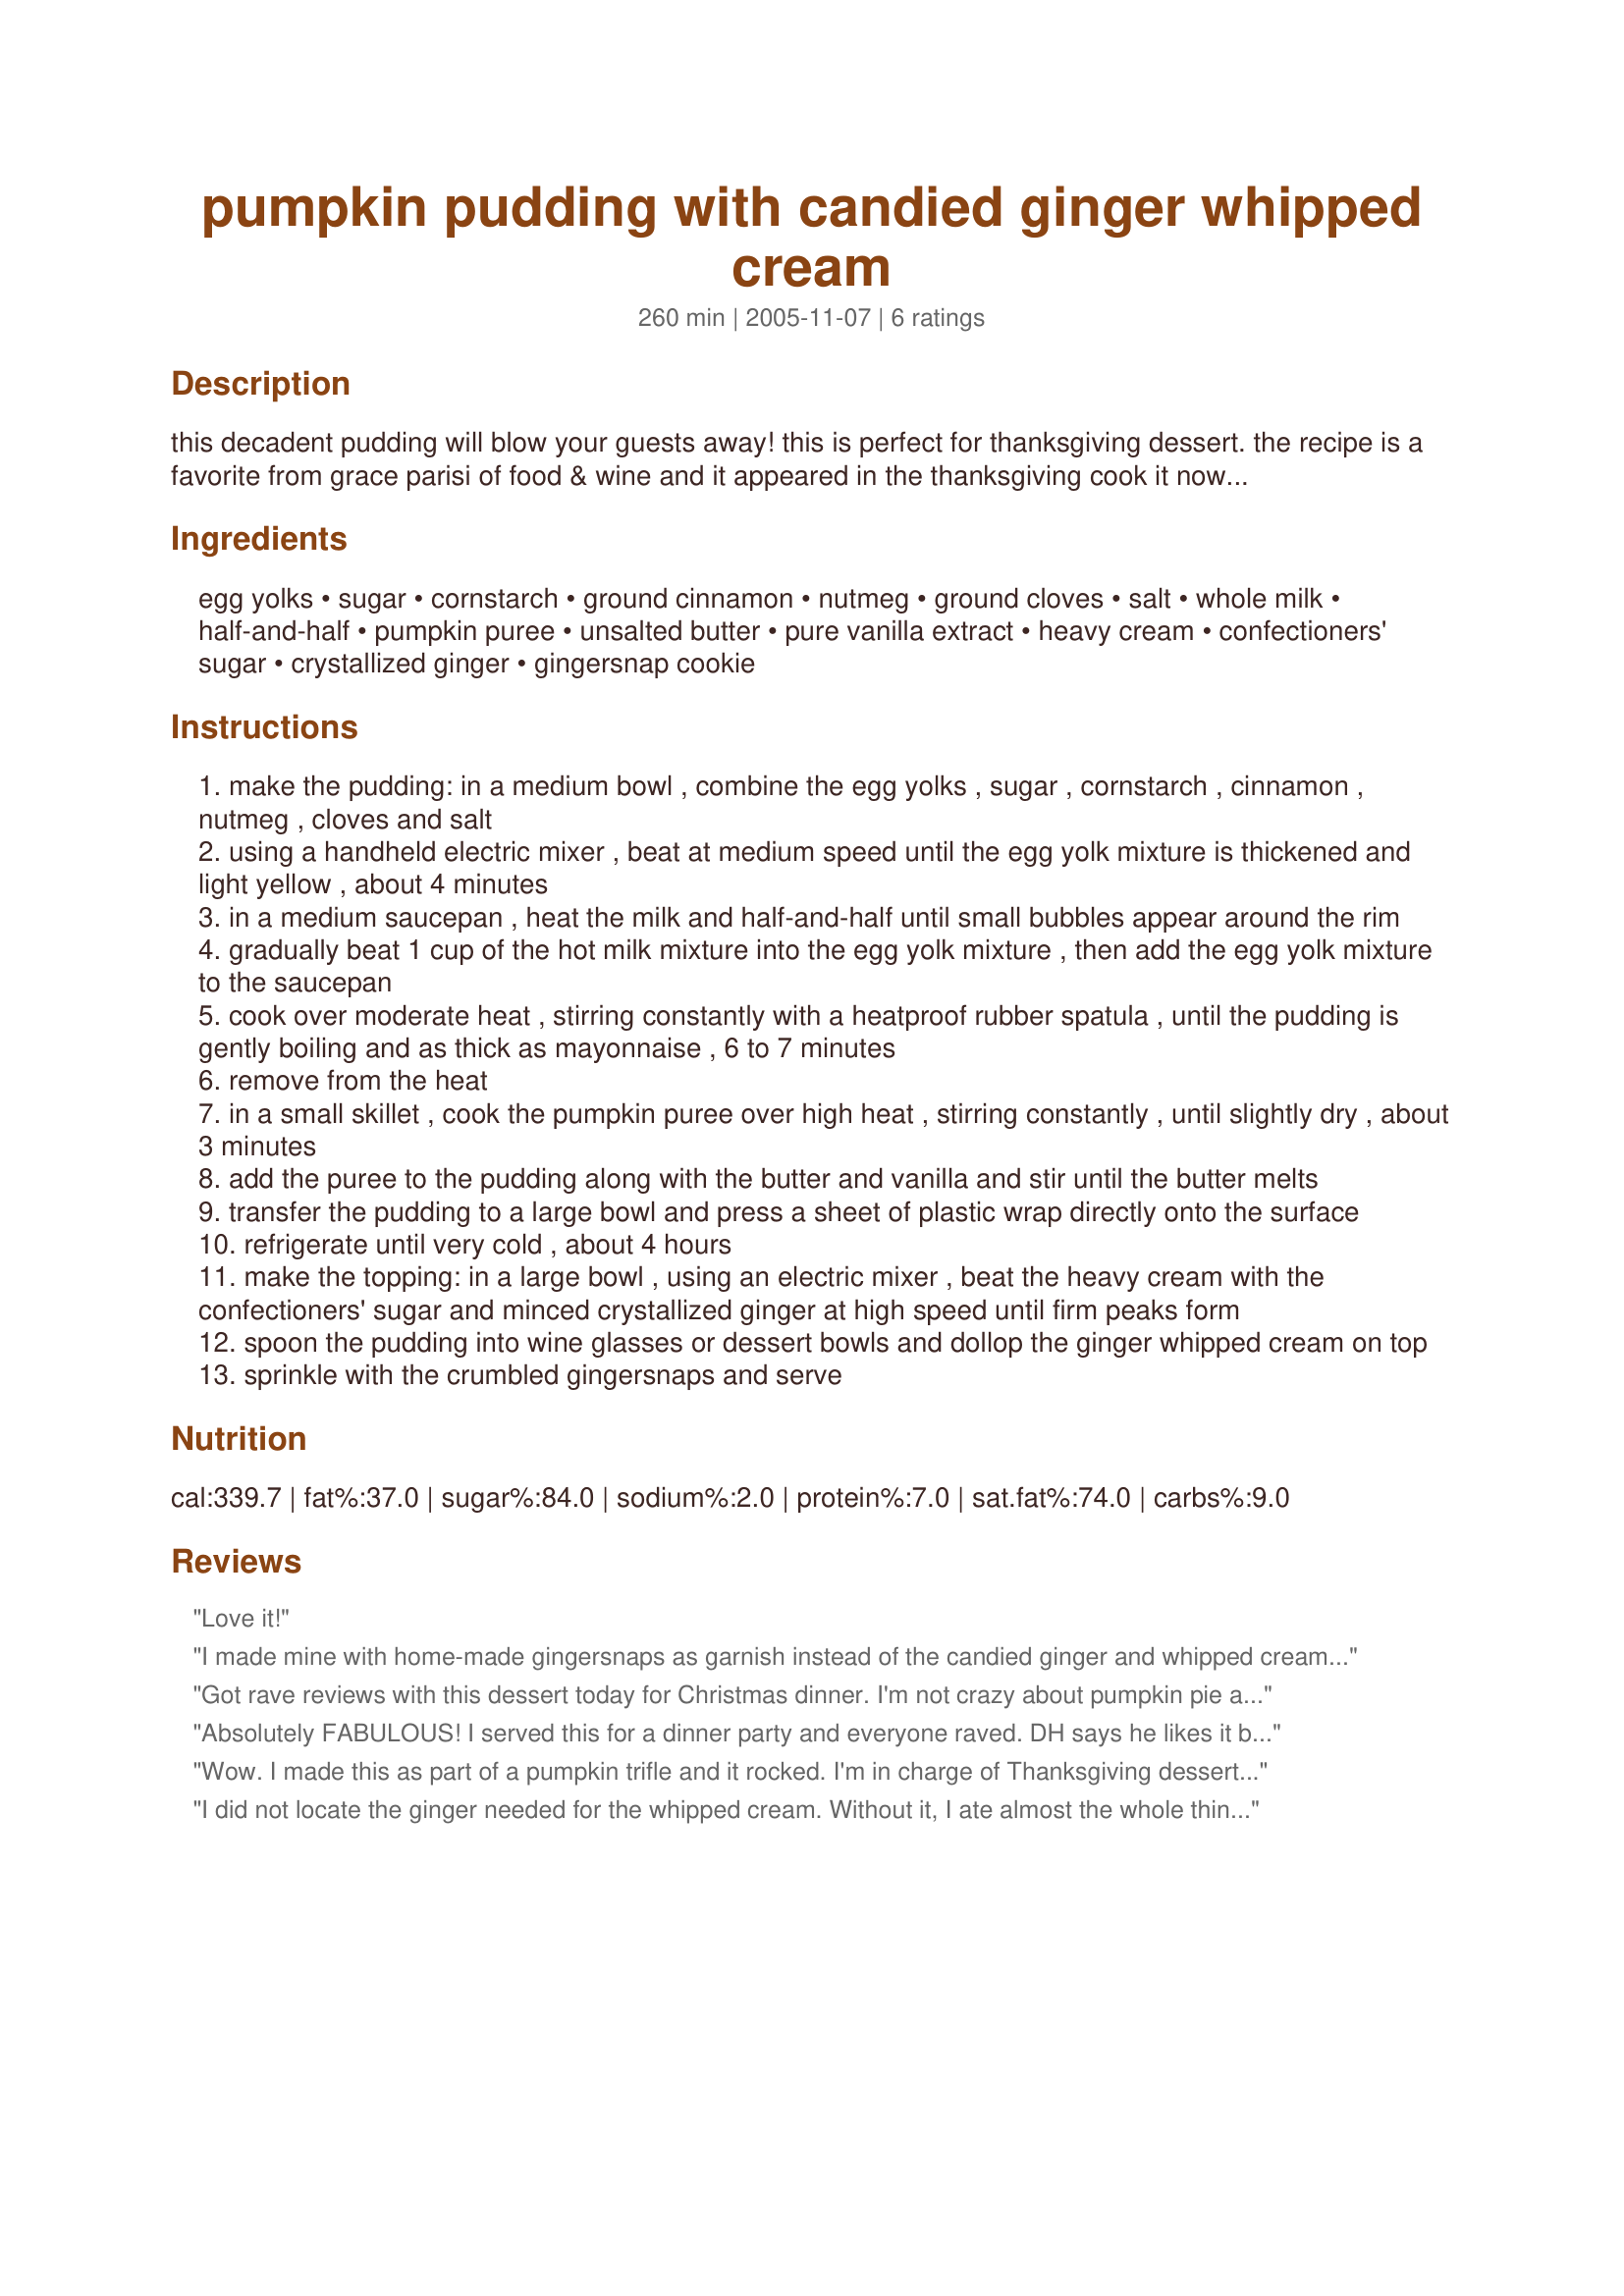
pumpkin pudding with candied ginger whipped cream
Preparation time: 260 minutes

this decadent pudding will blow your guests away! this is perfect for thanksgiving dessert. the recipe is a favorite from grace parisi of food & wine and it appeared in the thanksgiving cook it now article. make ahead the pumpkin pudding can be prepared through step 3 and refrigerated for up to 3 days. wine: the nutty caramel and spice notes in a tawny port such as taylor fladgate 20-year-old will blend with the warm spices in this pudding. or try a new world sweet sémillon such as the 2002 yalumba botrytis from australia. cook time is 4 hours for refrigeration.

Ingredients:
egg yolks, sugar, cornstarch, ground cinnamon, nutmeg, ground cloves, salt, whole milk, half-and-half, pumpkin puree, unsalted butter, pure vanilla extract, heavy cream, confectioners' sugar, crystallized ginger, gingersnap cookie

Steps:
make the pudding: in a medium bowl , combine the egg yolks , sugar , cornstarch , cinnamon , nutmeg , cloves and salt
using a handheld electric mixer , beat at medium speed until the egg yolk mixture is thickened and light yellow , about 4 minutes
in a medium saucepan , heat the milk and half-and-half until small bubbles appear around the rim
gradually beat 1 cup of the hot milk mixture into the egg yolk mixture , then add the egg yolk mixture to the saucepan
cook over moderate heat , stirring constantly with a heatproof rubber spatula , until the pudding is gently boiling and as thick as mayonnaise , 6 to 7 minutes
remove from the heat
in a small skillet , cook the pumpkin puree over high heat , stirring constantly , until slightly dry , about 3 minutes
add the puree to the pudding along with the butter and vanilla and stir until the butter melts
transfer the pudding to a large bowl and press a sheet of plastic wrap directly onto the surface
refrigerate until very cold , about 4 hours
make the topping: in a large bowl , using an electric mixer , beat the heavy cream with the confectioners' sugar and minced crystallized ginger at high speed until firm peaks form
spoon the pudding into wine glasses or dessert bowls and dollop the ginger whipped cream on top
sprinkle with the crumbled gingersnaps and serve

Reviews:
Love it!
I made mine with home-made gingersnaps as garnish instead of the candied ginger and whipped cream. Very decadent.
Got rave reviews with this dessert today for Christmas dinner. I'm not crazy about pumpkin pie and have tried many desserts as an alternative. This was the best! Great presentation served in martini glasses. A great dessert after a big turkey dinner.
Absolutely FABULOUS! I served this for a dinner party and everyone raved. DH says he likes it because it is not too sweet. I would say this recipe is going to be best with the whip cream topping, it's the combo of the ginger whip cream, crunch of the cookies and pudding together that make this so phemonenal. I'd never made homemade pudding before, and if you just KEEP STIRRING it's really easy. Perfect for a party because you can make it early and just whip the topping before serving. This is a sophisticated recipe that will wow your guests!
Wow. I made this as part of a pumpkin trifle and it rocked. I'm in charge of Thanksgiving dessert and this is going to be it. The pudding spices were perfect, the thickness and texture were perfect, and the color was a light gorgeous. I loved the sugary, crunchy bits of ginger and the ginger cookies in the cream topping. I also added some chopped and toasted pecans. The only thing missing from the trifle was the cake. I used recipe #105304. Altogether a heavenly experience.
I did not locate the ginger needed for the whipped cream. Without it, I ate almost the whole thing by myself. With it, I can only imagine how luxurious this would be! I highly recommend it. As an aside, I was surprised that the whipped cream held up for three days in the fridge before I finally polished it off. For some reason, I was under the impression it would turn to soup long before then.
